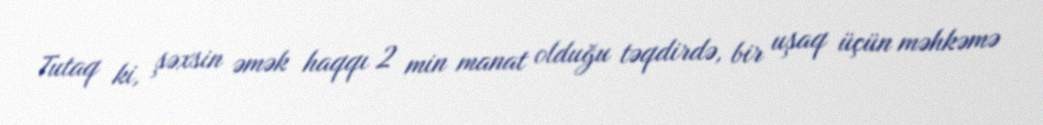
Tutaq ki, şəxsin əmək haqqı 2 min manat olduğu təqdirdə, bir uşaq üçün məhkəmə